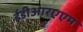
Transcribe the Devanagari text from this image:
ईडीआरएएम